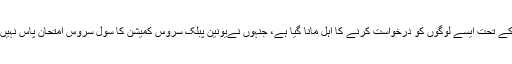
اس کے تحت ایسے لوگوں کو درخواست کرنے کا اہل مانا گیا ہے، جنہوں نےیونین پبلک سروس کمیشن کا سول سروس امتحان پاس نہیں کیا۔